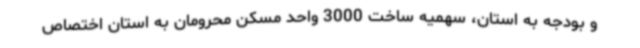
و بودجه به استان، سهمیه ساخت 3000 واحد مسکن محرومان به استان اختصاص